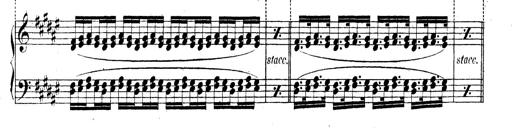
Title: Technische Studien
Composer: Franz Liszt